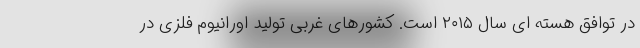
در توافق هسته ای سال ۲۰۱۵ است. کشورهای غربی تولید اورانیوم فلزی در